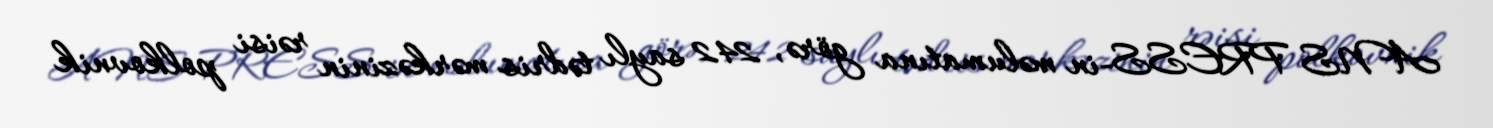
ANS PRESS-in məlumatına görə, 242 saylı tədris mərkəzinin rəisi polkovnik